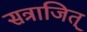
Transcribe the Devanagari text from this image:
सत्राजित्